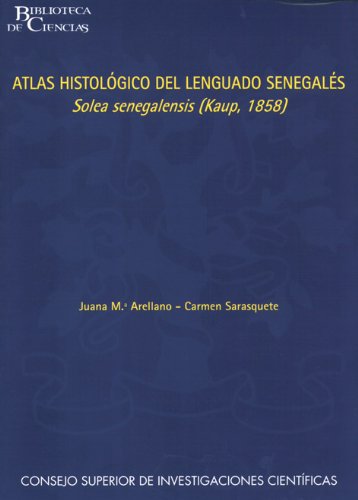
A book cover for Atlas histolÃEÂ³gico del lenguado senegalÃEÂ©s Solea senegalensis (Kaup, 1858) (Biblioteca de Ciencias); Travel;